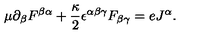
\mu \partial _ { \beta } F ^ { \beta \alpha } + \frac { \kappa } { 2 } \epsilon ^ { \alpha \beta \gamma } F _ { \beta \gamma } = e J ^ { \alpha } .